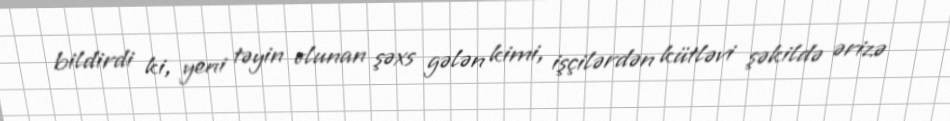
bildirdi ki, yeni təyin olunan şəxs gələn kimi, işçilərdən kütləvi şəkildə ərizə